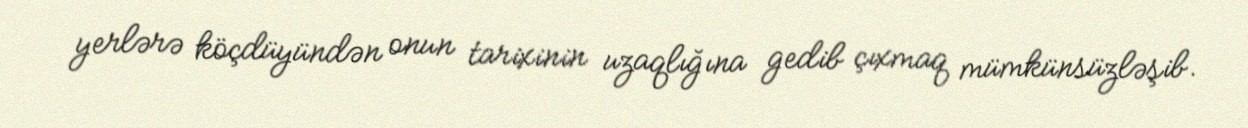
yerlərə köçdüyündən onun tarixinin uzaqlığına gedib çıxmaq mümkünsüzləşib.